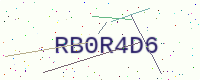
Text: RB0R4D6